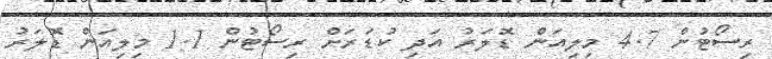
ރިސޯޓުން 4.7 މިލިއަން ޑޮލަރު އަދި ކުޑަރަށް ރިސޯޓުން 1.1 މިލިއަން ޑޮލަރު